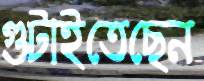
গুটাইতেছেন